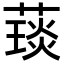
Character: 𦼓